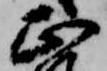
正